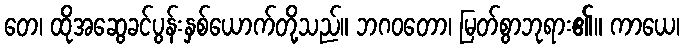
တေ၊ ထိုအဆွေခင်ပွန်းနှစ်ယောက်တို့သည်။ ဘဂဝတော၊ မြတ်စွာဘုရား၏။ ကာယေ၊